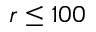
r \leq 1 0 0